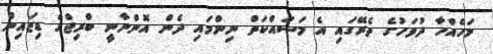
މަހެއްހާ ދުވަހުގެ ތެރޭގައި އެ މަސައްކަތް ނިންމައި ދެން އޮންނާނީ ބްރިޖްގެ ޑިޒައިން